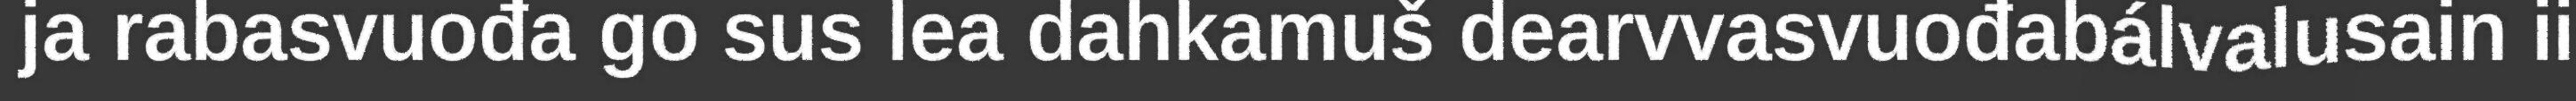
ja rabasvuođa go sus lea dahkamuš dearvvasvuođabálvalusain ii